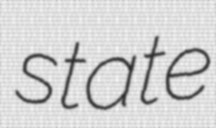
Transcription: state